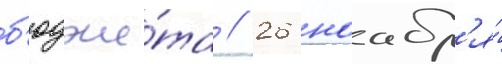
б'юдже́та // 26 ноабр'я́